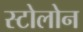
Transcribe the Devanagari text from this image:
स्टोलोन